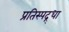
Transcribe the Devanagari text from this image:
प्रतिस्पद्र्धा